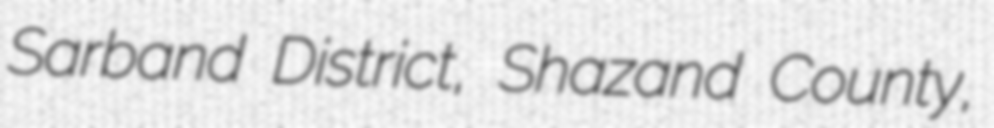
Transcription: Sarband District, Shazand County,